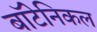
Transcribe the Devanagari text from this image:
बॉटेनिकल